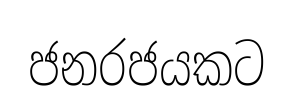
ජනරජයකට